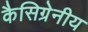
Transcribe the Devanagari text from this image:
कैसिग्रेनीय